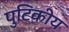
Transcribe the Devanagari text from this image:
पुटिकीय